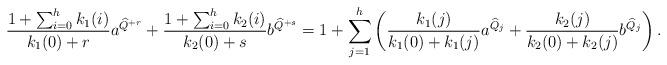
LaTeX: \begin{align*}\frac{1+\sum_{i=0}^hk_1(i)}{k_1(0)+r}a^{\widehat{Q}^{+r}} +\frac{1+\sum_{i=0}^hk_2(i)}{k_2(0)+s}b^{\widehat{Q}^{+s}} = 1 + \sum_{j=1}^h\left(\frac{k_1(j)}{k_1(0)+k_1(j)}a^{\widehat{Q}_j} +\frac{k_2(j)}{k_2(0)+k_2(j)}b^{\widehat{Q}_j}\right).\end{align*}